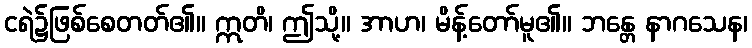
ငရဲ၌ဖြစ်စေတတ်၏။ ဣတိ၊ ဤသို့။ အာဟ၊ မိန့်တော်မူ၏။ ဘန္တေ နာဂသေန၊